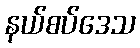
နယ်စပ်ဒေသ